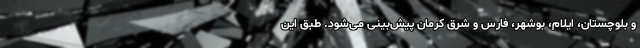
و بلوچستان، ایلام، بوشهر، فارس و شرق کرمان پیش‌بینی می‌شود. طبق این